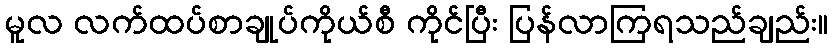
မူလ လက်ထပ်စာချုပ်ကိုယ်စီ ကိုင်ပြီး ပြန်လာကြရသည်ချည်း။